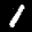
Label: 1